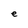
Character: e